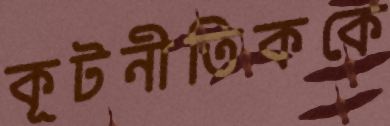
কূটনীতিককে